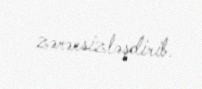
zərərsizləşdirib.